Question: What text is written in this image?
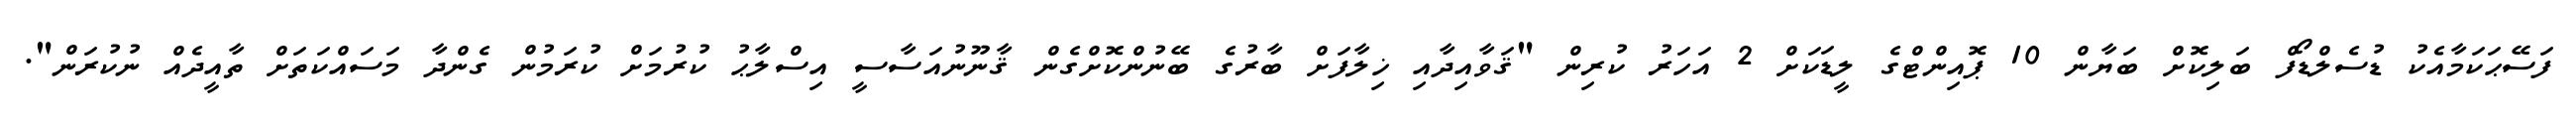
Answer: ފަސޭޙަކަމާއެކު ޑުސެލްޑޯފް ބަލިކޮށް ބަޔާން 10 ޕޮއިންޓްގެ ލީޑަކަށް 2 އަހަރު ކުރިން "ޤަވާއިދާއި ޚިލާފަށް ބާރުގެ ބޭނުންކޮށްގެން ޤާނޫނުއަސާސީ އިސްލާޙު ކުރުމަށް ކުރަމުން ގެންދާ މަސައްކަތަށް ތާއީދެއް ނުކުރަން".